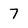
Character: 7